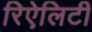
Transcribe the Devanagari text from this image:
रिऐलिटी